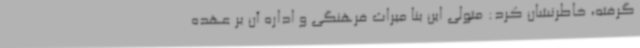
گرفته، خاطرنشان کرد: متولی این بنا میراث فرهنگی و اداره آن بر عهده